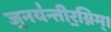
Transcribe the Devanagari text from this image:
ज॒नय॑न्तीर॒ग्निम्।